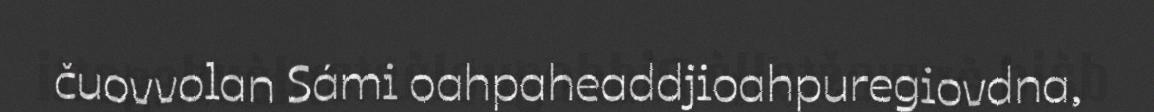
čuovvolan Sámi oahpaheaddjioahpuregiovdna,